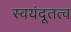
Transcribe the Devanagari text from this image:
स्वयंदूतत्व